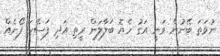
ނުވަތަ ބޭނުން ވަނީ އަގު ހެޔޮ ބަލާލަން ރީތި އަދި ފަސޭހަ ފޯނެއް